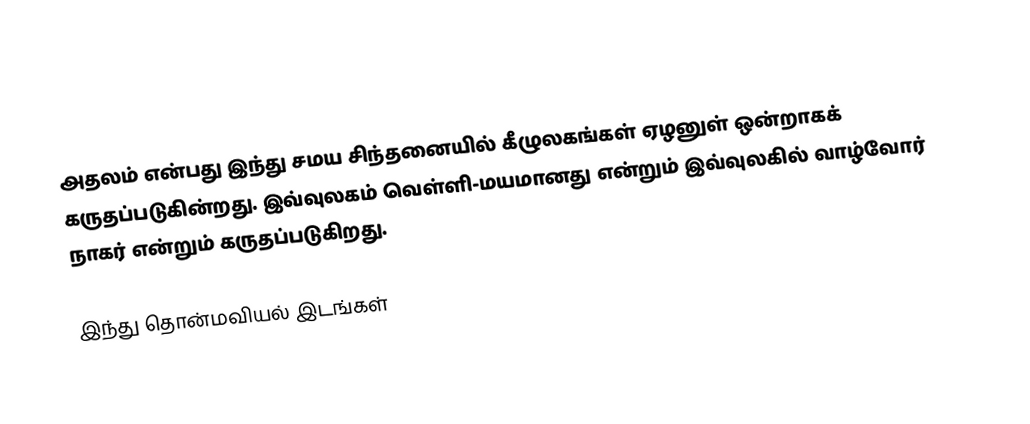
அதலம் என்பது இந்து சமய சிந்தனையில் கீழுலகங்கள் ஏழனுள் ஒன்றாகக் கருதப்படுகின்றது. இவ்வுலகம் வெள்ளி-மயமானது என்றும் இவ்வுலகில் வாழ்வோர் நாகர் என்றும் கருதப்படுகிறது.

இந்து தொன்மவியல் இடங்கள்